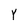
Character: Y